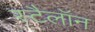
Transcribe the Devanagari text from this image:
स्टैलॉन